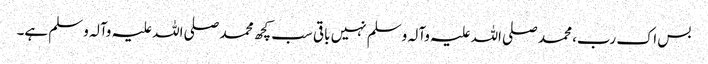
بس اک رب، محمد صلی اللہ علیہ وآلہ وسلم نہیں باقی سب کچھ محمد صلی اللہ علیہ وآلہ وسلم ہے۔